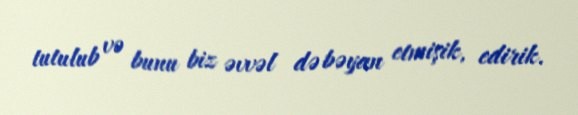
tutulub və bunu biz əvvəl də bəyan etmişik, edirik.